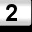
Digit: 2